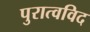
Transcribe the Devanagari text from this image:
पुरात्वविद